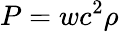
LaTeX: P=wc^{2}\rho